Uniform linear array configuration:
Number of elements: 8
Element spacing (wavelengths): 0.5
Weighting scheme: uniform
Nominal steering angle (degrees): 15
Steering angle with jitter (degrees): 16.189
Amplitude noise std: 0.05
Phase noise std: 0.05

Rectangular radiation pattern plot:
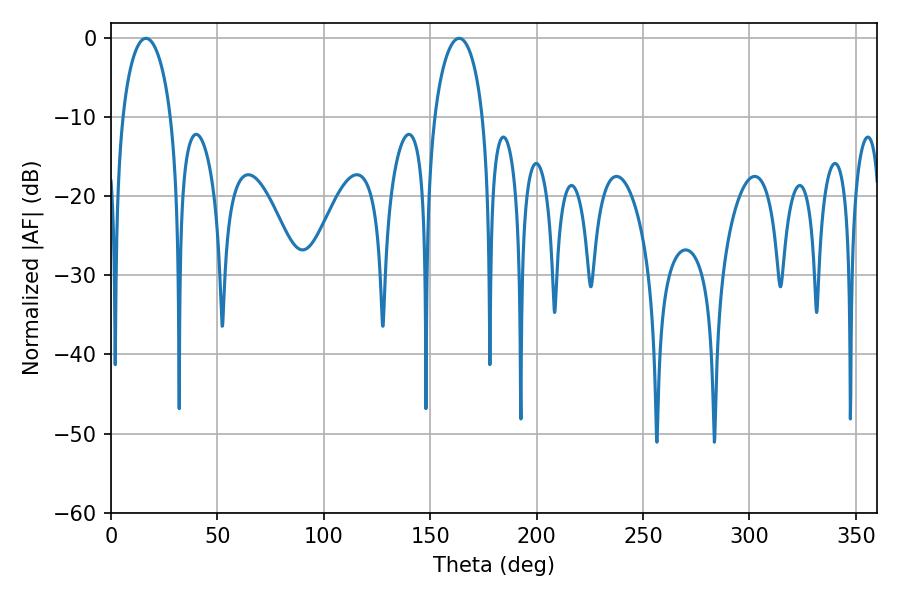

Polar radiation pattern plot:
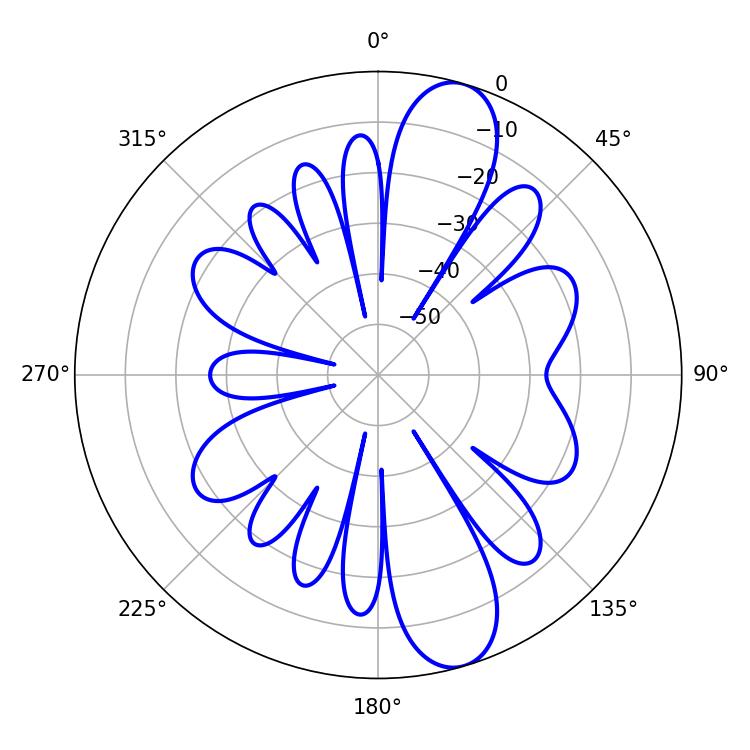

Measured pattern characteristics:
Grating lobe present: FALSE
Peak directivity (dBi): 11.396
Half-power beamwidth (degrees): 13.14
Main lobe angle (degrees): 16.38